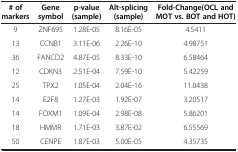
| # of markers | Gene symbol | p-value(sample) | Alt-splicing(sample) | Fold-Change(OCL and MOT vs. BOT and HOT) |
 | --- | --- | --- | --- | --- |
 | 9 | ZNF695 | 1.28E-05 | 8.16E-05 | 4.5411 |
 | 13 | CCNB1 | 3.11E-06 | 2.26E-10 | 4.98751 |
 | 36 | FANCD2 | 4.87E-05 | 8.33E-10 | 6.58464 |
 | 12 | CDKN3 | 2.51E-04 | 7.59E-10 | 5.42259 |
 | 25 | TPX2 | 1.05E-04 | 2.04E-16 | 11.0438 |
 | 14 | E2F8 | 1.27E-03 | 1.92E-07 | 3.20517 |
 | 14 | FOXM1 | 1.09E-04 | 2.98E-08 | 5.86201 |
 | 18 | HMMR | 1.71E-03 | 3.87E-02 | 6.55569 |
 | 50 | CENPE | 1.87E-03 | 5.00E-05 | 4.35735 |